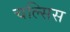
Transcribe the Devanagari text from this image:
चल्सिस